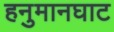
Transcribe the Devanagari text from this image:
हनुमानघाट